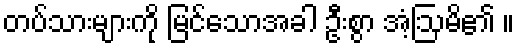
တပ်သားများကို မြင်သောအခါ ဦးစွာ အံ့ဩမိ၏ ။